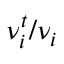
\nu _ { i } ^ { t } / \nu _ { i }